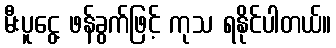
မီးပူငွေ့ ဖန်ခွက်ဖြင့် ကုသ ရနိုင်ပါတယ်။